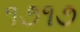
૧૭૧૭